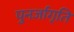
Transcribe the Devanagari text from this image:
पुनर्जागृति